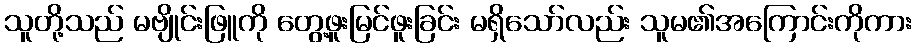
သူတို့သည် မဗျိုင်းဖြူကို တွေ့ဖူးမြင်ဖူးခြင်း မရှိသော်လည်း သူမ၏အကြောင်းကိုကား